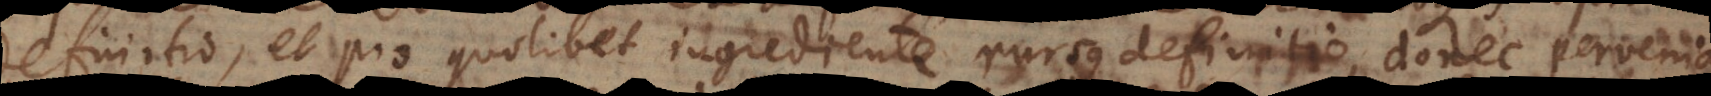
definitio, et pro quolibet ingrediente rursus definitio, donec pervenia